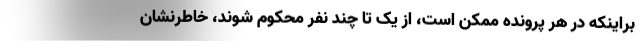
براینکه در هر پرونده ممکن است، از یک تا چند نفر محکوم شوند، خاطرنشان